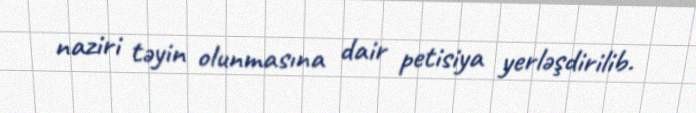
naziri təyin olunmasına dair petisiya yerləşdirilib.